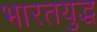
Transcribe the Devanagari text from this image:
भारतयुद्ध